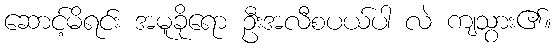
ဆောင့်မိရင်း အမူခိုရော ဦးအလီစပယ်ပါ လဲ ကျသွား၏။